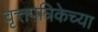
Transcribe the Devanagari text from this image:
वृत्तपत्रिकेच्या